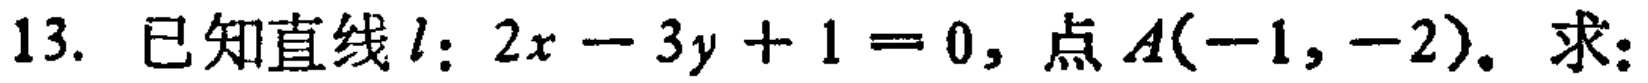
13. 已知直线\(l:2x - 3y + 1 = 0\)，点\(A(-1,-2)\)。求：